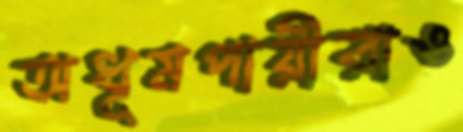
অধূমপায়ীরাও